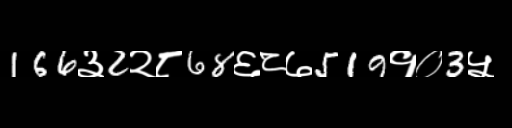
Text: 166३2२८68६८७519१०3५